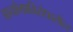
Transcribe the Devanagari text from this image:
आयोगाविरोधातील